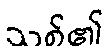
သစ်၏